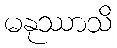
မနုဿာသိ